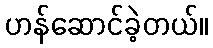
ဟန်ဆောင်ခဲ့တယ်။